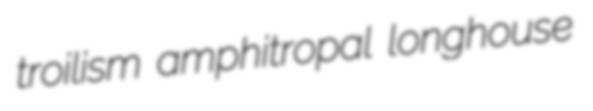
troilism amphitropal longhouse